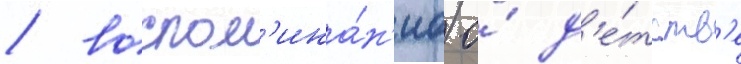
/ воспом'ина́н'иа о́ д'е́тств'е